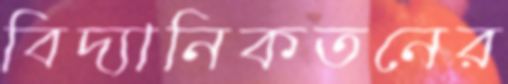
বিদ্যানিকতনের